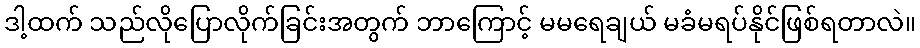
ဒါ့ထက် သည်လိုပြောလိုက်ခြင်းအတွက် ဘာကြောင့် မမရေချယ် မခံမရပ်နိုင်ဖြစ်ရတာလဲ။